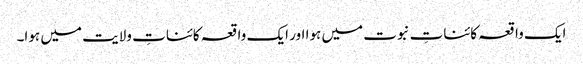
ایک واقعہ کائناتِ نبوت میں ہوا اور ایک واقعہ کائناتِ ولایت میں ہوا۔